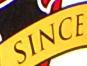
SINCE